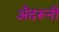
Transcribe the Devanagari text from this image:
अँदरूनी